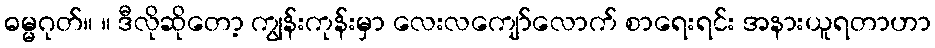
ဓမ္မဂုတ်။ ။ ဒီလိုဆိုတော့ ကျွန်းကုန်းမှာ လေးလကျော်လောက် စာရေးရင်း အနားယူရတာဟာ